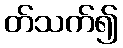
တ်သက်၍